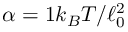
\alpha = 1 k _ { B } T / \ell _ { 0 } ^ { 2 }